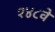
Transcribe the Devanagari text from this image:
१४८वें